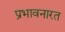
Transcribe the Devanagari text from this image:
प्रभावनारत